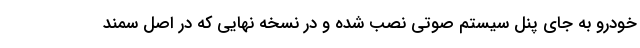
خودرو به جای پنل سیستم صوتی نصب شده و در نسخه نهایی که در اصل سمند